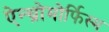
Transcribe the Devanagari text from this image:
ऐन्थ्रोमोर्फिस्म